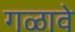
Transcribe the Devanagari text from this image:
गळावे